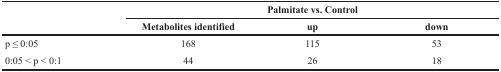
<table><thead><tr><td></td><td colspan="3"><b>Palmitate vs. Control</b></td></tr><tr><td></td><td><b>Metabolites identified</b></td><td><b>up</b></td><td><b>down</b></td></tr></thead><tbody><tr><td>p ≤ 0:05</td><td>168</td><td>115</td><td>53</td></tr><tr><td>0:05 &lt; p &lt; 0:1</td><td>44</td><td>26</td><td>18</td></tr></tbody></table>